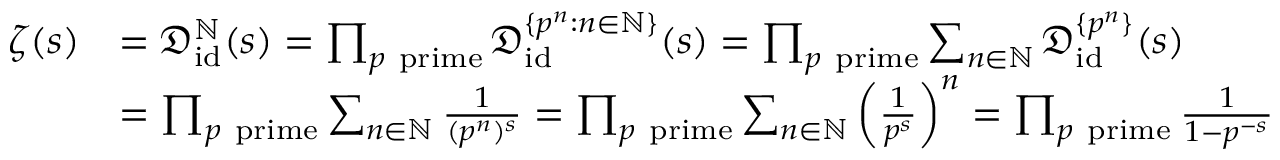
{ \begin{array} { r l } { \zeta ( s ) } & { = { \mathfrak { D } } _ { \operatorname { i d } } ^ { \mathbb { N } } ( s ) = \prod _ { p { \mathrm { ~ p r i m e } } } { \mathfrak { D } } _ { \operatorname { i d } } ^ { \{ p ^ { n } : n \in \mathbb { N } \} } ( s ) = \prod _ { p { \mathrm { ~ p r i m e } } } \sum _ { n \in \mathbb { N } } { \mathfrak { D } } _ { \operatorname { i d } } ^ { \{ p ^ { n } \} } ( s ) } \\ & { = \prod _ { p { \mathrm { ~ p r i m e } } } \sum _ { n \in \mathbb { N } } { \frac { 1 } { ( p ^ { n } ) ^ { s } } } = \prod _ { p { \mathrm { ~ p r i m e } } } \sum _ { n \in \mathbb { N } } \left( { \frac { 1 } { p ^ { s } } } \right) ^ { n } = \prod _ { p { \mathrm { ~ p r i m e } } } { \frac { 1 } { 1 - p ^ { - s } } } } \end{array} }